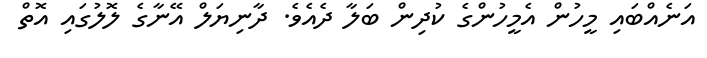
އަނެއްބައި މީހުން އެމީހުންގެ ކުދިން ބަލާ ދެއެވެ. ދާނިޔަލް އޭނާގެ ލޮލުގައި އޮތް